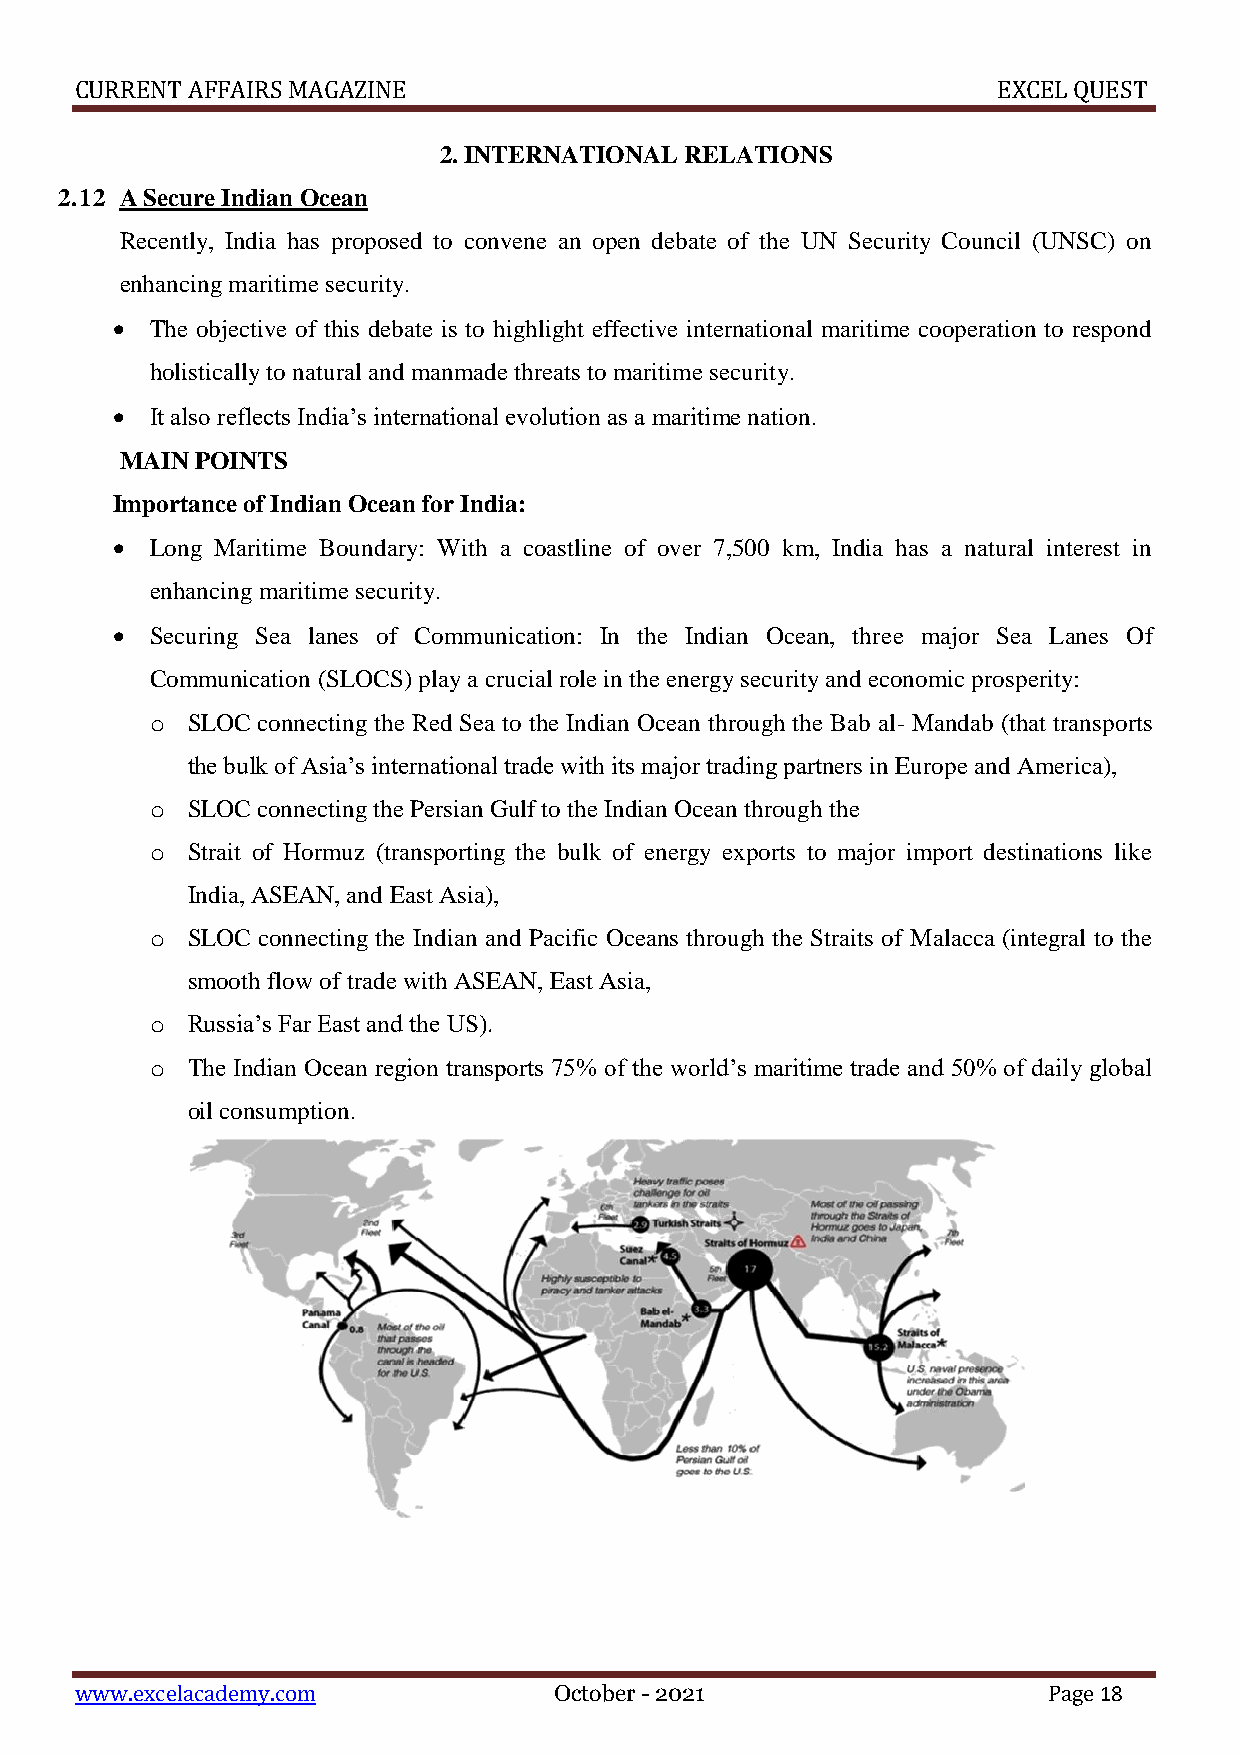
CURRENT AFFAIRS MAGAZINE                                     EXCEL QUEST
 2. INTERNATIONAL RELATIONS
 2.12 A Secure Indian Ocean
 Recently, India has proposed to convene an open debate of the UN Security Council (UNSC) on
 enhancing maritime security.
   The objective of this debate is to highlight effective international maritime cooperation to respond
 holistically to natural and manmade threats to maritime security.
   It also reflects India’s international evolution as a maritime nation.
 MAIN POINTS
 Importance of Indian Ocean for India:
   Long Maritime Boundary: With a coastline of over 7,500 km, India has a natural interest in
 enhancing maritime security.
   Securing Sea lanes of Communication: In the Indian Ocean, three major Sea Lanes Of
 Communication (SLOCS) play a crucial role in the energy security and economic prosperity:
 o SLOC connecting the Red Sea to the Indian Ocean through the Bab al- Mandab (that transports
 the bulk of Asia’s international trade with its major trading partners in Europe and America),
 o SLOC connecting the Persian Gulf to the Indian Ocean through the
 o Strait of Hormuz (transporting the bulk of energy exports to major import destinations like
 India, ASEAN, and East Asia),
 o SLOC connecting the Indian and Pacific Oceans through the Straits of Malacca (integral to the
 smooth flow of trade with ASEAN, East Asia,
 o Russia’s Far East and the US).
 o The Indian Ocean region transports 75% of the world’s maritime trade and 50% of daily global
 oil consumption.
 www.excelacademy.com            October - 2021                  Page 18